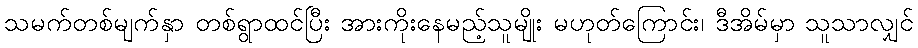
သမက်တစ်မျက်နှာ တစ်ရွာထင်ပြီး အားကိုးနေမည့်သူမျိုး မဟုတ်ကြောင်း၊ ဒီအိမ်မှာ သူသာလျှင်